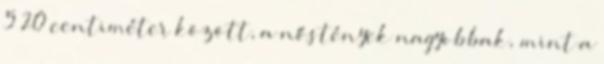
5 20 centiméter között, a nőstények nagyobbak, mint a